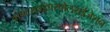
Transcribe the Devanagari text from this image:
आफ्टरहाइपरपोलराईजेशन